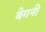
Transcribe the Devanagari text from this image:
बेगनी